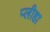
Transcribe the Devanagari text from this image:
प्‍लीहा